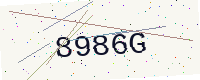
Text: 8986G